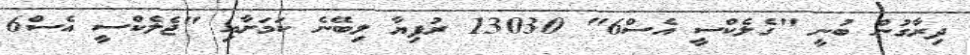
ދިރާގުން ބުނީ "ގެލެކްސީ އެސް6" 13030 ރުފިޔާ ލިބޭނެ ކަމަށާއި "ޖެލެކްސީ އެސް6